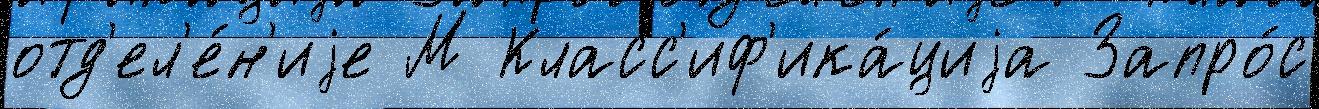
отд'ел'е́н'иjе М Класс'иф'ика́циjа Запро́с